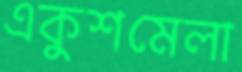
একুশমেলা